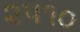
૨૫૧૦